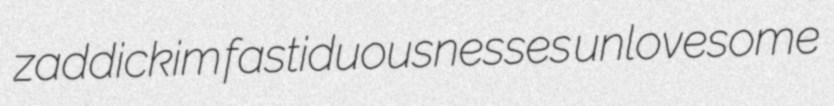
zaddickim fastiduousnesses unlovesome